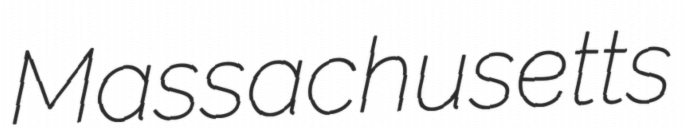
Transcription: Massachusetts